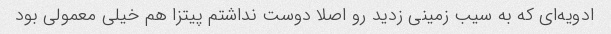
ادویه‌ای که به سیب زمینی زدید رو اصلا دوست نداشتم پیتزا هم خیلی معمولی بود